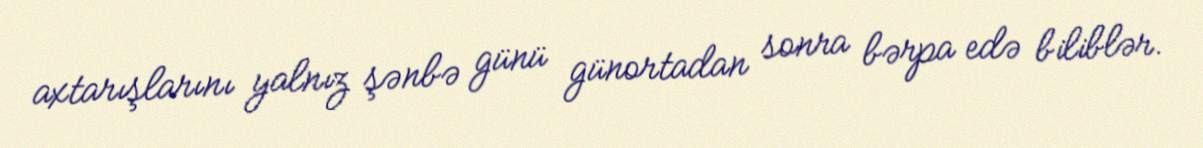
axtarışlarını yalnız şənbə günü günortadan sonra bərpa edə biliblər.